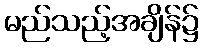
မည်သည့်အချိန်၌